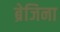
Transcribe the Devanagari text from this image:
ब्रेजिना